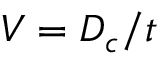
V = D _ { c } / t